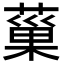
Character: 𦸛